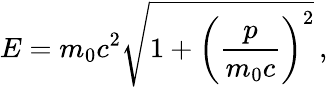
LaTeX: E=m_{0}c^{2}{\sqrt{1+\left({\frac{p}{m_{0}c}}\right)^{2}}}\, ,